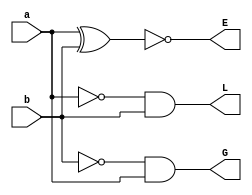
module b_comp1 (a, b, L, E,G);
input a, b; output L, E, G;
wire s1, s2;
not X1(s1, a);
not X2 (s2, b);
and X3 (L,s1, b);
and X4 (G,s2, a);
xnor X5 (E, a, b);
endmodule